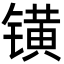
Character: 𨱑